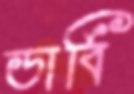
ডার্বি